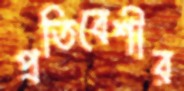
প্রতিবেশীর